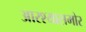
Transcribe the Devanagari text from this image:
आरश्यासमोर